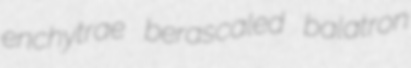
enchytrae berascaled balatron